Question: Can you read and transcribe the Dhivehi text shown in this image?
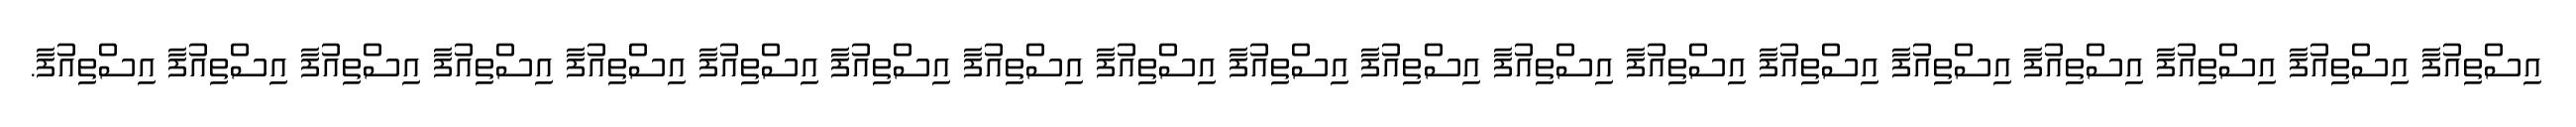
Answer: އިސްތިއުފާ އިސްތިއުފާ އިސްތިއުފާ އިސްތިއުފާ އިސްތިއުފާ އިސްތިއުފާ އިސްތިއުފާ އިސްތިއުފާ އިސްތިއުފާ އިސްތިއުފާ އިސްތިއުފާ އިސްތިއުފާ އިސްތިއުފާ އިސްތިއުފާ އިސްތިއުފާ އިސްތިއުފާ އިސްތިއުފާ އިސްތިއުފާ އިސްތިއުފާ.